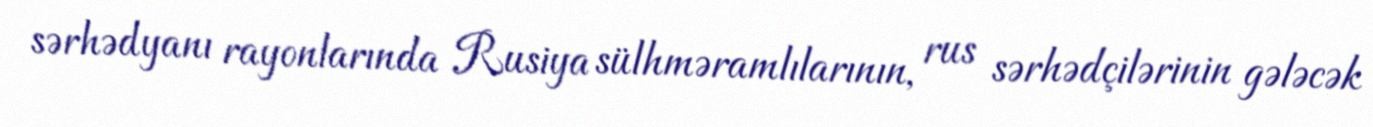
sərhədyanı rayonlarında Rusiya sülhməramlılarının, rus sərhədçilərinin gələcək